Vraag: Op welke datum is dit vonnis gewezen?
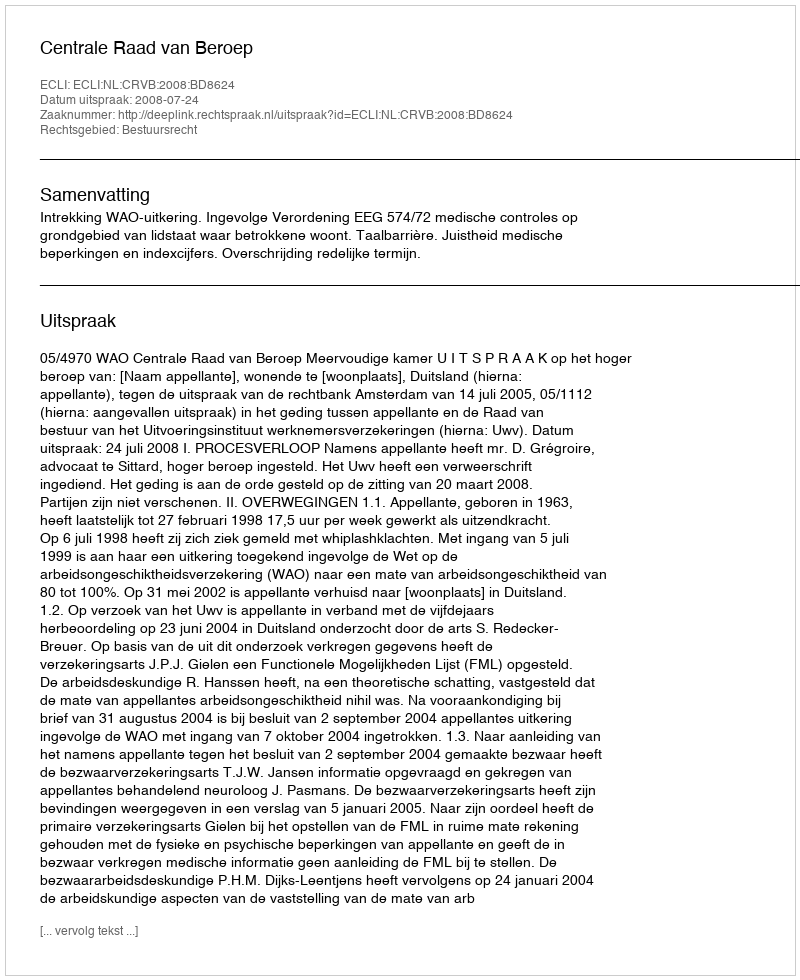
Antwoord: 2008-07-24